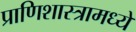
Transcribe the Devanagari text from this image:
प्राणिशास्त्रामध्ये